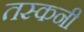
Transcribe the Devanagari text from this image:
तस्कनी